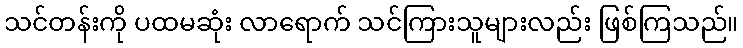
သင်တန်းကို ပထမဆုံး လာရောက် သင်ကြားသူများလည်း ဖြစ်ကြသည်။